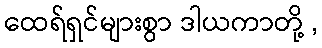
ထေရ်ရှင်များစွာ ဒါယကာတို့ ,